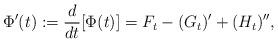
LaTeX: \begin{align*} \Phi'(t):=\frac{d}{dt}[\Phi(t)] = F_{t} - (G_{t})'+ (H_{t})'',\end{align*}